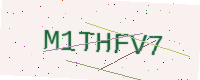
Text: M1THFV7